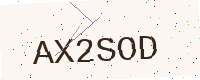
Text: AX2SOD